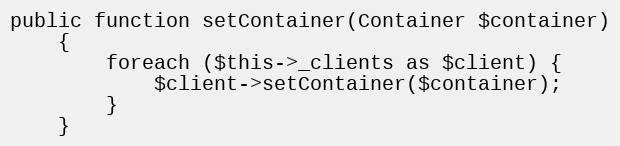
Language: PHP
public function setContainer(Container $container)
    {
        foreach ($this->_clients as $client) {
            $client->setContainer($container);
        }
    }